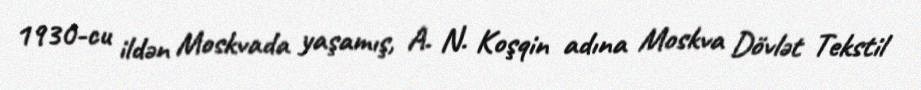
1930-cu ildən Moskvada yaşamış, A. N. Koşqin adına Moskva Dövlət Tekstil